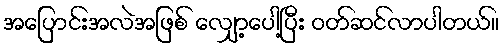
အပြောင်းအလဲအဖြစ် လျှော့ပေါ့ပြီး ဝတ်ဆင်လာပါတယ်။